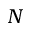
N